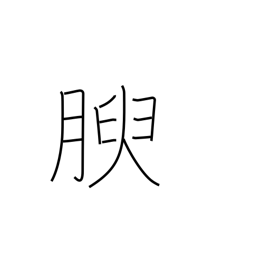
Meaning: growing fat